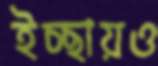
ইচ্ছায়ও